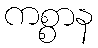
ကစ္စာန